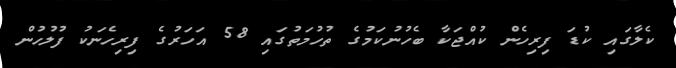
ކެލާގައި ކުޑަ ފިރިހެން ކުއްޖަކާ ބެހުނުކަމުގެ ތުހުމަތުގައި 58 އަހަރުގެ ފިރިހެނަކު ފުލުހުން